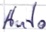
Text: Auto